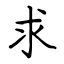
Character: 求